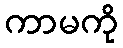
ကာမကို